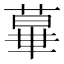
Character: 𦸩